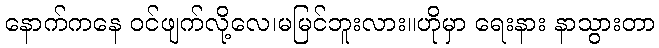
နောက်ကနေ ဝင်ဖျက်လို့လေ၊မမြင်ဘူးလား။ဟိုမှာ ရေးနား နာသွားတာ